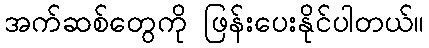
အက်ဆစ်တွေကို ဖြန်းပေးနိုင်ပါတယ်။